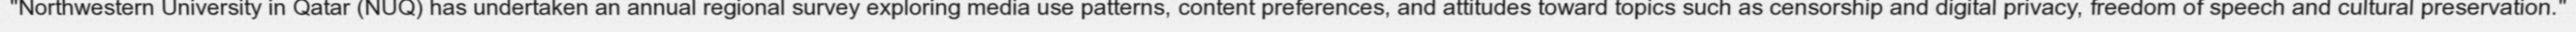
"Northwestern University in Qatar (NUQ) has undertaken an annual regional survey exploring media use patterns, content preferences, and attitudes toward topics such as censorship and digital privacy, freedom of speech and cultural preservation."